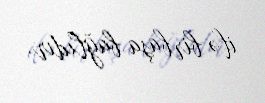
ilə birbaşa bağlıdır.